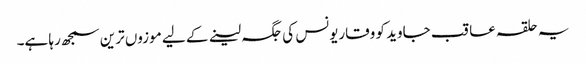
یہ حلقہ عاقب جاوید کو وقاریونس کی جگہ لینے کے لیے موزوں ترین سمجھ رہا ہے۔